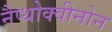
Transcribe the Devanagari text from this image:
नैप्थोक्वीनोन